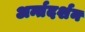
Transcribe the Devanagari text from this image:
अर्न्तदर्शन